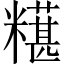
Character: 𫃒